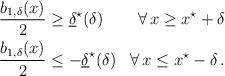
LaTeX: \begin{align*} \begin{aligned}\dfrac{b_{1,\delta}(x)}{2} &\geq \underline{\delta}^\star (\delta) &\forall \, x \geq x^\star + \delta\\\dfrac{b_{1,\delta}(x)}{2} &\leq - \underline{\delta}^\star (\delta) &\forall \, x \leq x^\star - \delta\,.\end{aligned} \end{align*}